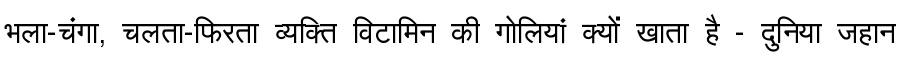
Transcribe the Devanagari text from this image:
भला-चंगा, चलता-फिरता व्यक्ति विटामिन की गोलियां क्यों खाता है - दुनिया जहान